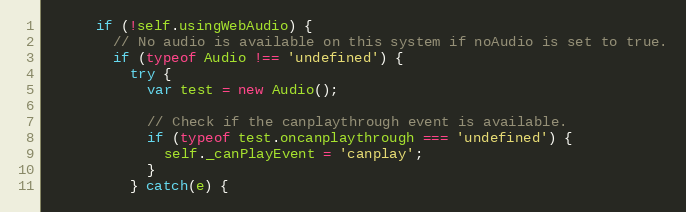
Language: JavaScript
      if (!self.usingWebAudio) {
        // No audio is available on this system if noAudio is set to true.
        if (typeof Audio !== 'undefined') {
          try {
            var test = new Audio();

            // Check if the canplaythrough event is available.
            if (typeof test.oncanplaythrough === 'undefined') {
              self._canPlayEvent = 'canplay';
            }
          } catch(e) {